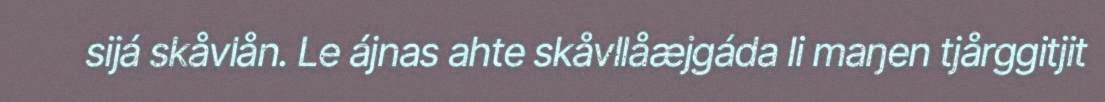
sijá skåvlån. Le ájnas ahte skåvllåæjgáda li maŋen tjårggitjit